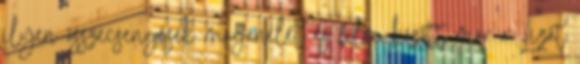
ilyen összecsengések magánélet és film között már a Lizát